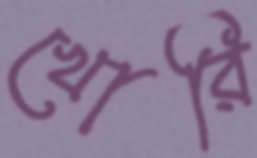
খোরি